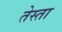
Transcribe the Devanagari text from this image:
तेस्ता